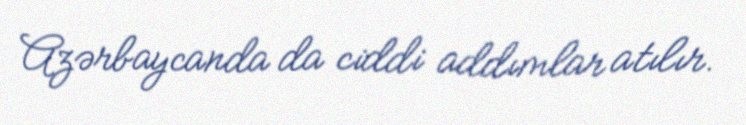
Azərbaycanda da ciddi addımlar atılır.